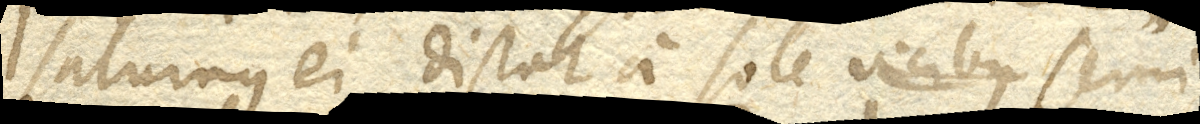
Saturnus ei distat a sole vicibus semi-